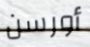
أورسن